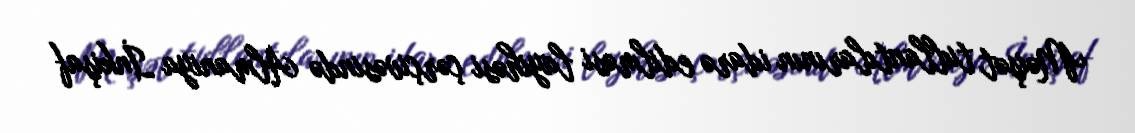
Məişət tullantılarının idarə edilməsi layihəsi çərçivəsində Almaniya İnkişaf